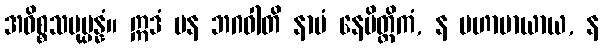
အဓိစ္စသမုပ္ပန္နံ။ ဣဒံ ပန ဘဂဝါတိ နာမံ နေမိတ္တိကံ, န မဟာမာယာယ, န